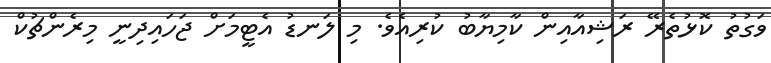
ވަގުތު ކޮޅުތެރޭ ރަޝިއާއިން ކާމިޔާބު ކުރިއެވެ. މި ލަނޑު އެޓީމަށް ޖަހައިދިނީ މިރެންޗުކް